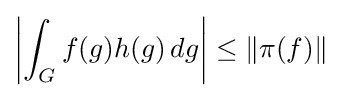
\left|\int _{G}f(g)h(g)\,dg\right|\leq \|\pi (f)\|